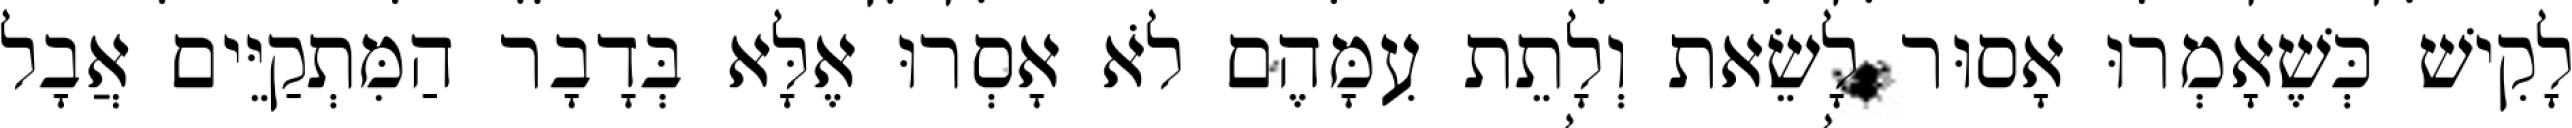
לָקִישׁ כְּשֶׁאָמְרוּ אָסוּר לָשֵׂאת וְלָתֵת עִמָּהֶם לֹא אָסְרוּ אֶלָּא בְּדָבָר הַמִּתְקַיֵּים אֲבָל